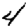
Digit: 4